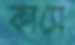
কাসে